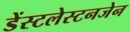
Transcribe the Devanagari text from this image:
डेंस्टलेस्टनजेन